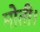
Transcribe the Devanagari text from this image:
मोती।